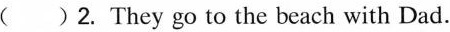
2. They go to the beach with Dad.